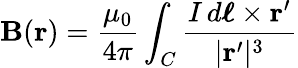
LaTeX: \mathbf{B}(\mathbf{r})={\frac{\mu_{0}}{4\pi}}\int_{C}{\frac{I\, d{\boldsymbol{\ell}}\times\mathbf{r^{\prime}}}{|\mathbf{r^{\prime}}|^{3}}}